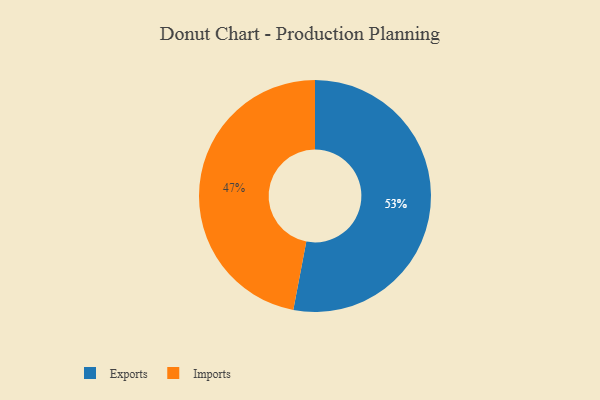
{"axis": {"x": "Category", "y": "Percentage"}, "legend": ["Exports", "Imports"], "data": [{"x": "Imports", "y": 47, "type": "Imports"}, {"x": "Exports", "y": 53, "type": "Exports"}]}